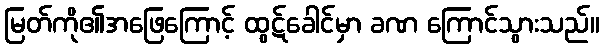
မြတ်ကို၏အဖြေကြောင့် ထွဋ်ခေါင်မှာ ခဏ ကြောင်သွားသည်။